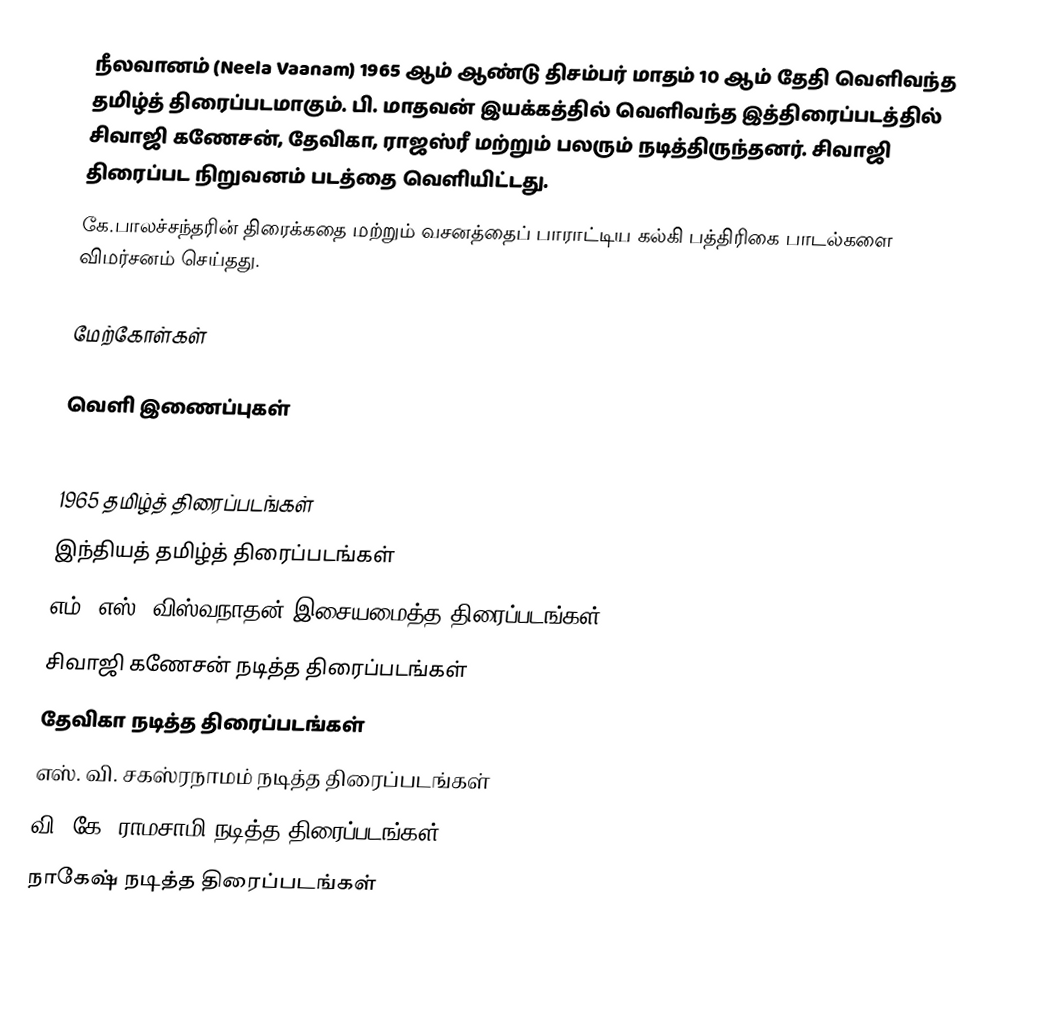
நீலவானம் (Neela Vaanam) 1965 ஆம் ஆண்டு திசம்பர் மாதம் 10 ஆம் தேதி வெளிவந்த தமிழ்த் திரைப்படமாகும். பி. மாதவன் இயக்கத்தில் வெளிவந்த இத்திரைப்படத்தில் சிவாஜி கணேசன், தேவிகா, ராஜஸ்ரீ மற்றும் பலரும் நடித்திருந்தனர். சிவாஜி திரைப்பட நிறுவனம் படத்தை வெளியிட்டது.
கே.பாலச்சந்தரின் திரைக்கதை மற்றும் வசனத்தைப் பாராட்டிய கல்கி பத்திரிகை பாடல்களை விமர்சனம் செய்தது.

மேற்கோள்கள்

வெளி இணைப்புகள்

1965 தமிழ்த் திரைப்படங்கள்
இந்தியத் தமிழ்த் திரைப்படங்கள்
எம். எஸ். விஸ்வநாதன் இசையமைத்த திரைப்படங்கள்
சிவாஜி கணேசன் நடித்த திரைப்படங்கள்
தேவிகா நடித்த திரைப்படங்கள்
எஸ். வி. சகஸ்ரநாமம் நடித்த திரைப்படங்கள்
வி. கே. ராமசாமி நடித்த திரைப்படங்கள்
நாகேஷ் நடித்த திரைப்படங்கள்